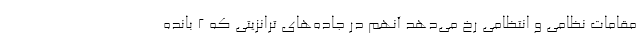
مقامات نظامی و انتظامی رخ می‌دهد آنهم در جاده‌های ترانزیتی که 2 بانده